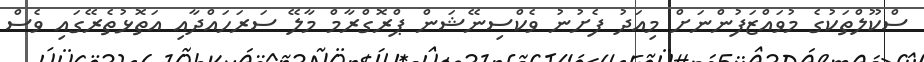
ސްކޫލްތަކުގެ މުވައްޒަފުންނަށް މިއަދު ފެށުނު ވެކްސިނޭޝަން ޕްރޮގްރާމް މާލޭ ސަރަހައްދާއި އަތޮޅުތެރޭގައި ވެސް